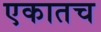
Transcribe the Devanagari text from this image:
एकातच